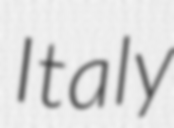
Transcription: Italy